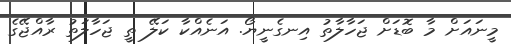
މީނައަށް މާ ބޮޑަށް ޖަހާލާތު އިނގެނީޔޯ. އަނެއްކާ ކަލޭ ތީ ޖަހާލަތު ރާއްޖޭގެ